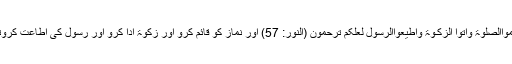
اللہ تعالیٰ فرماتا ہے، وَاَقِیْمُواالصَّلٰوۃَ وَاٰتُوا الزَّکٰـوۃَ وَاَطِیْعُواالرَّسُوْلَ لَعَلَّکُمْ تُرْحَمُوْن (النور: 57) اور نماز کو قائم کرو اور زکوۃ ادا کرو اور رسول کی اطاعت کروتاکہ تم پر رحم کیا جائے۔